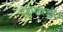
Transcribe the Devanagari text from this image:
स्वभावधर्म